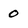
Character: 0